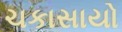
ચકાસાયો